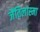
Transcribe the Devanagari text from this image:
जैंतिलास्मा